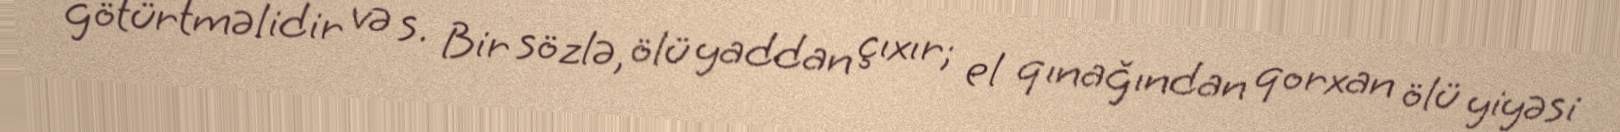
götürtməlidir və s. Bir sözlə, ölü yaddan çıxır; el qınağından qorxan ölü yiyəsi